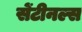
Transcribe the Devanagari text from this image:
सेंटीनल्स